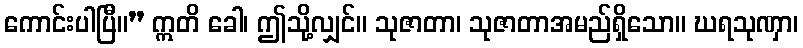
ကောင်းပါပြီ။” ဣတိ ခေါ၊ ဤသို့လျှင်။ သုဇာတာ၊ သုဇာတာအမည်ရှိသော။ ဃရသုဏှာ၊